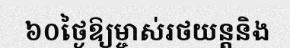
៦០ថ្ងៃឱ្យម្ចាស់រថយន្តនិង